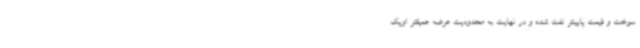
سوخت و قیمت پایینتر نفت شده و در نهایت به محدودیت عرضه عمیقتر اوپک